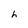
Character: h